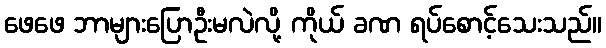
ဖေဖေ ဘာများပြောဦးမလဲလို့ ကိုယ် ခဏ ရပ်စောင့်သေးသည်။